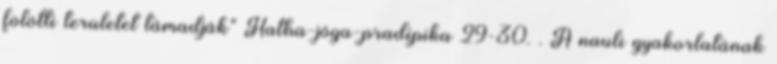
fölötti területet támadják" Hatha-jóga-pradípika 29-30. . A nauli gyakorlatának